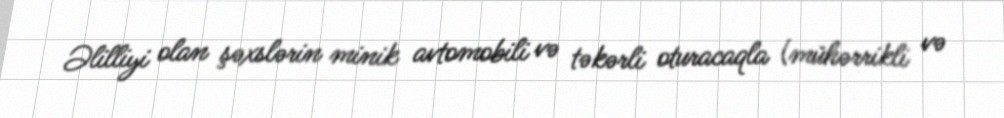
Əlilliyi olan şəxslərin minik avtomobili və təkərli oturacaqla (mühərrikli və